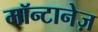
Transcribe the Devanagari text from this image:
मॉन्टानेज़